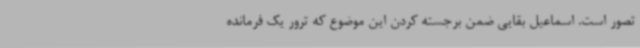
تصور است. اسماعیل بقایی ضمن برجسته کردن این موضوع که ترور یک فرمانده